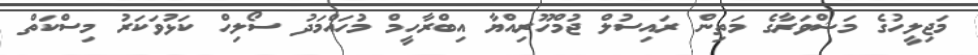
މަޖިލީހުގެ މަޝްވަރާގެ މަތިން ރައިސުލް ޖުމްހޫރިއްޔާ އިބްރާހީމް މުހައްމަދު ސޯލިހް ކަޅުވަކަރު މިސްކަތް